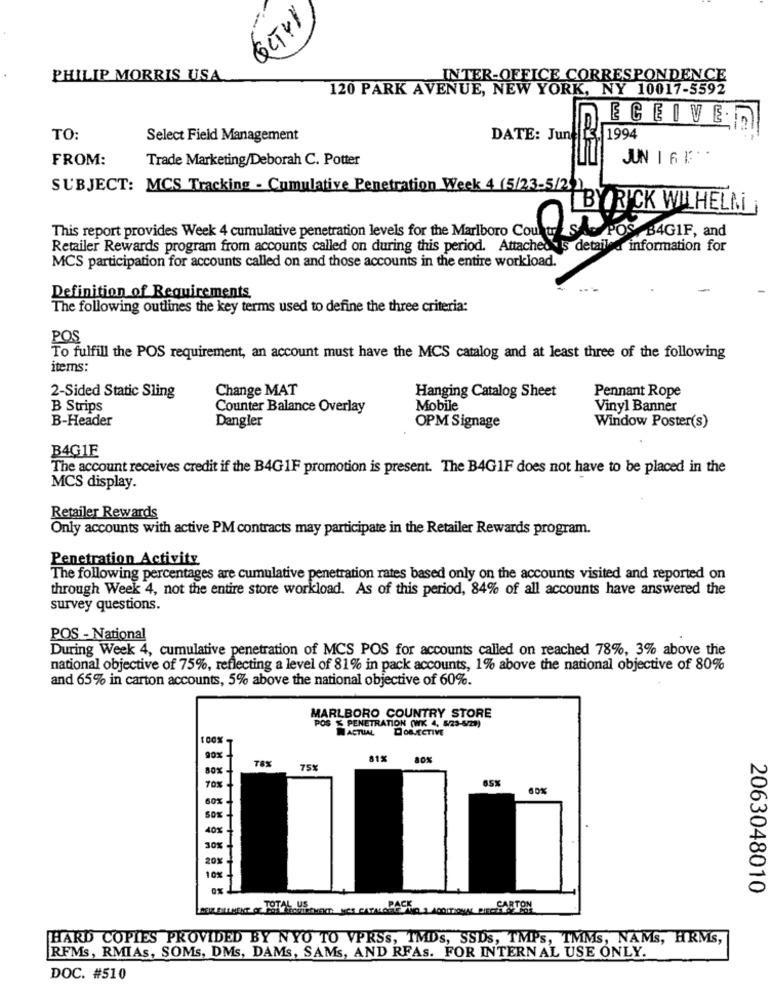
PHILIP MORRIS USA
INTER-OFFICE CORRESPONDENCE
120 PARK AVENUE, NEW YORK, NY 10017-5592
ECEIVER
TO:
Select Field Management
DATE: June
{ 1994
FROM:
Trade Marketing/Deborah C. Potter
SUBJECT: MCS Tracking - Cumulative Penetration Week 4 (5/23-5/2)
LBYRICK WILHELM;
This report provides Week 4 cumulative penetration levels for the Marlboro Cou
B4G1F, and
Retailer Rewards program from accounts called on during this period. Attached's detail . information for
MCS participation for accounts called on and those accounts in the entire workload.
Definition of Requirements,
The following outlines the key terms used to define the three criteria:
POS
To fulfill the POS requirement, an account must have the MCS catalog and at least three of the following
items:
2-Sided Static Sling
Change MAT
Pennant Rope
Hanging Catalog Sheet
B Strips
Counter Balance Overlay
Mobile
Vinyl Banner
B-Header
Dangler
Window Poster(s)
OPM Signage
B4G1E
The account receives credit if the B4G 1F promotion is present. The B4GIF does not have to be placed in the
MCS display.
Retailer Rewards
Only accounts with active PM contracts may participate in the Retailer Rewards program.
Penetration Activity
The following percentages are cumulative penetration rates based only on the accounts visited and reported on
through Week 4, not the entire store workload. As of this period, 84% of all accounts have answered the
survey questions.
POS - National
During Week 4, cumulative penetration of MCS POS for accounts called on reached 78%, 3% above the
national objective of 75%, reflecting a level of 81% in pack accounts, 1% above the national objective of 80%
and 65% in carton accounts, 5% above the national objective of 60%.
MARLBORO COUNTRY STORE
POS % PENETRATION (WK 4, 5/23-5/23)
ACTUAL
DOBJECTIVE
90%.
TBX
81%
80%
80%
75%
65%
70%
60%
60%
40%
30%
20%
10%
2063048010
HARD COPIES PROVIDED BY NYO TO VPRSS, TMDS, SSDS, TMPS, TMMS, NAMS, HRMS,
RFMs, RMIAs, SOMs, DMs, DAMs, SAMS, AND RFAs. FOR INTERNAL USE ONLY.
DOC. #510